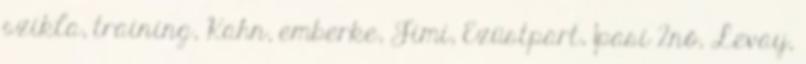
szikla, training, Kahn, emberke, Jimi, Ezüstpart, 1pasi 2nő, Levay,